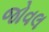
જોવલ